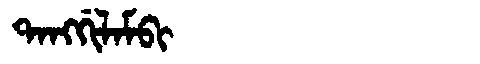
Manchu: ᡨᠠᠩᡤᡳᠯᠠᠮᠪᡳ
Romanization: TANGGILAMBI